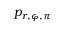
p _ { r , \varphi , \pi }